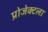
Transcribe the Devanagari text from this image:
प्रोजेक्टला